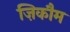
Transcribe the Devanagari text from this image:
ज़िकौम